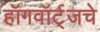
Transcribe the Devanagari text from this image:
हॉगवॉर्ट्‌जचे